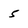
Character: 5